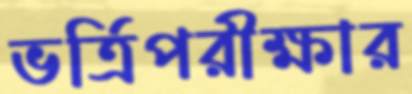
ভর্ত্রিপরীক্ষার